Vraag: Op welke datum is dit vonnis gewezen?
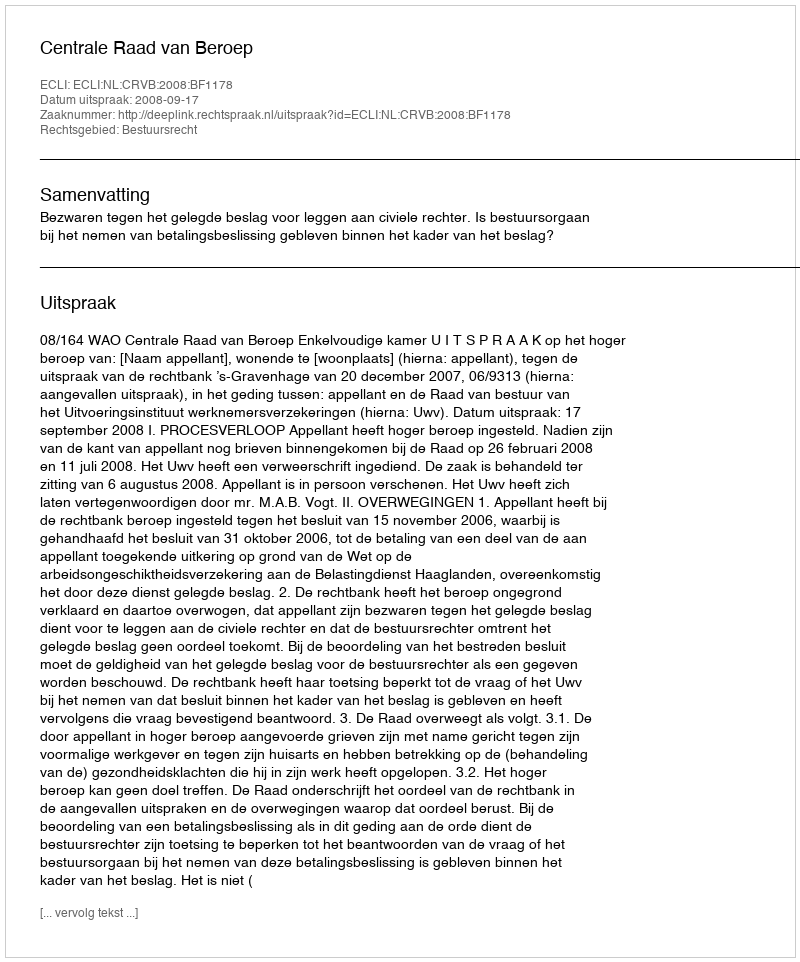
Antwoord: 2008-09-17